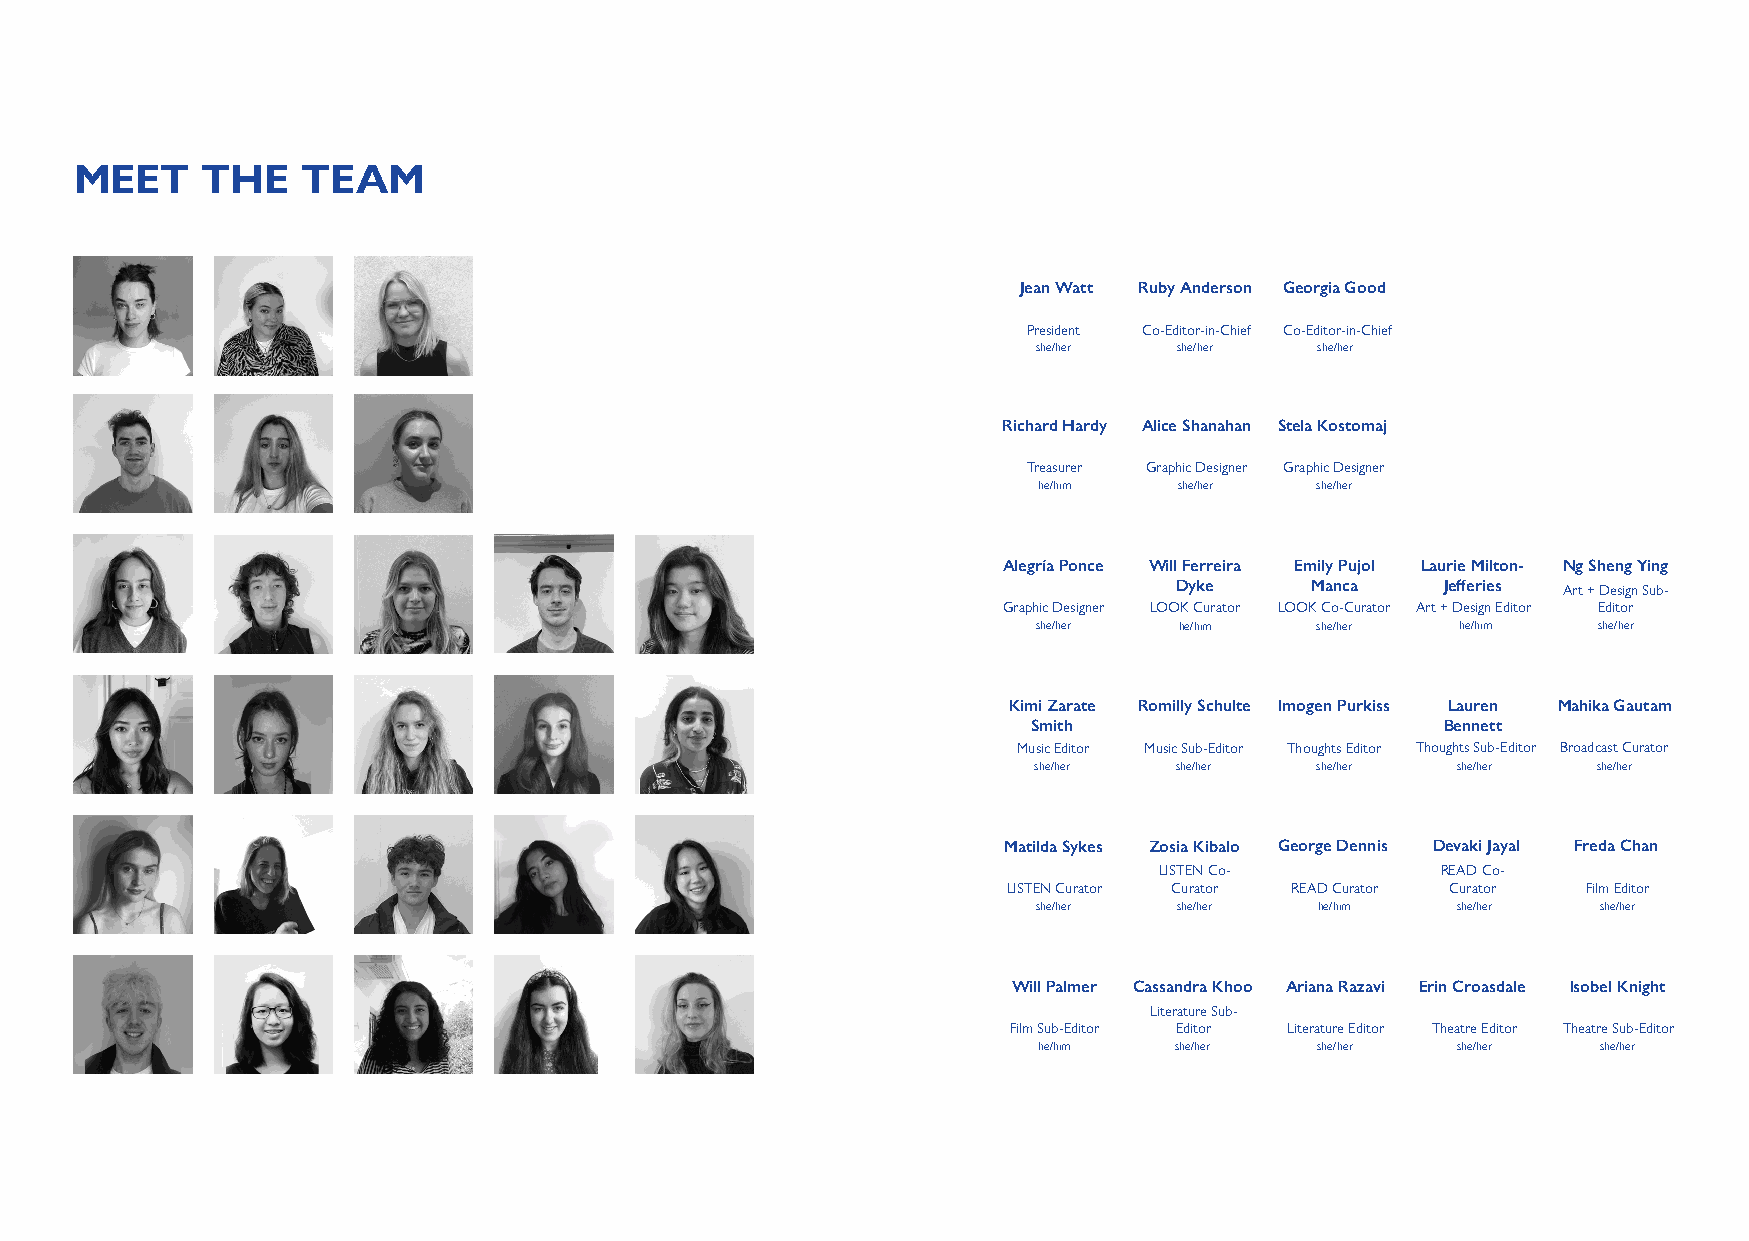
MEET    THE    TEAM
 Jean Watt Ruby Anderson Georgia Good
 President Co-Editor-in-Chief Co-Editor-in-Chief
 she/her  she/her  she/her
 Richard Hardy Alice Shanahan Stela Kostomaj
 Treasurer Graphic Designer Graphic Designer
 he/him   she/her  she/her
 Alegría Ponce Will Ferreira Emily Pujol Laurie Milton- Ng Sheng Ying
 Dyke     Manca    Jefferies Art + Design Sub-
 Graphic Designer LOOK Curator LOOK Co-Curator Art + Design Editor Editor
 she/her  he/him   she/her   he/him   she/her
 Kimi Zarate Romilly Schulte Imogen Purkiss Lauren Mahika Gautam
 Smith                       Bennett
 Music Editor Music Sub-Editor Thoughts Editor Thoughts Sub-Editor Broadcast Curator
 she/her   she/her  she/her  she/her   she/her
 Matilda Sykes Zosia Kibalo George Dennis Devaki Jayal Freda Chan
 LISTEN Co-        READ Co-
 LISTEN Curator Curator READ Curator Curator Film Editor
 she/her  she/her  he/him   she/her   she/her
 Will Palmer Cassandra Khoo Ariana Razavi Erin Croasdale Isobel Knight
 Literature Sub-
 Film Sub-Editor Editor Literature Editor Theatre Editor Theatre Sub-Editor
 he/him   she/her  she/her  she/her   she/her